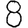
Digit: 8